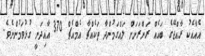
އެއާއެކު ރާއްޖޭގެ ބައެއް ރަށްރަށަށް ލައްގަމުންދާ ތަކެއްޗާ އެމްއެޗް 370 އާއިދަނީ ގުޅުވަމުންނެވެ.